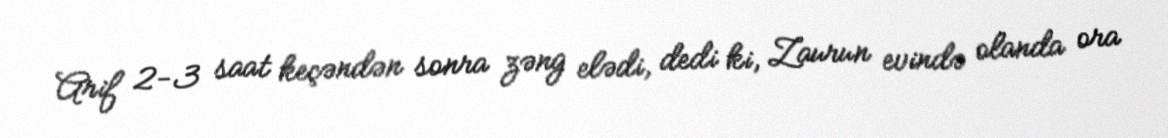
Arif 2-3 saat keçəndən sonra zəng elədi, dedi ki, Zaurun evində olanda ora